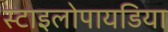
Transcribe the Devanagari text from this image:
स्टाइलोपायडिया